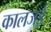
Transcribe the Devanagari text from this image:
कालजई